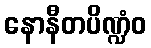
နောနီတပိဏ္ဍံဝ